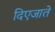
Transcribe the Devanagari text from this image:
दिएजाते